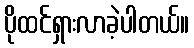
ပိုထင်ရှားလာခဲ့ပါတယ်။